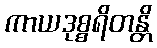
ကာယဒုစ္စရိတန္တိ